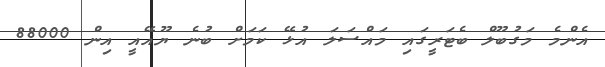
އެންމެ މަގުބޫލް ބެޓަރީގައި މައްސަލަ އުޅޭ ކަމަށް ބުނެ ޔޫއޭއީ އިން 88000